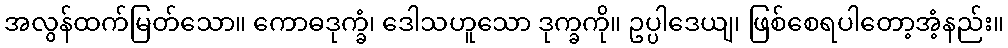
အလွန်ထက်မြတ်သော။ ကောဓဒုက္ခံ၊ ဒေါသဟူသော ဒုက္ခကို။ ဥပ္ပါဒေယျ၊ ဖြစ်စေရပါတော့အံ့နည်း။